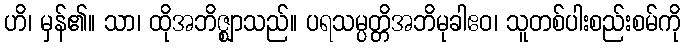
ဟိ၊ မှန်၏။ သာ၊ ထိုအဘိဇ္ဈာသည်။ ပရသမ္ပတ္တိအဘိမုခါဧဝ၊ သူတစ်ပါးစည်းစမ်ကို